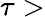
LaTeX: \tau>